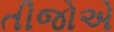
તીજોએ